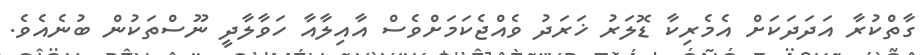
ގާތްކުރާ އަދަދަކަށް އެމެރިކާ ޑޮލަރު ޚަރަދު ވެއްޖެކަމަށްވެސް އާއިލާއާ ހަވާލާދީ ނޫސްތަކުން ބުނެއެވެ.